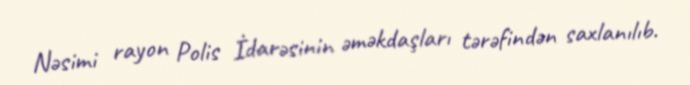
Nəsimi rayon Polis İdarəsinin əməkdaşları tərəfindən saxlanılıb.